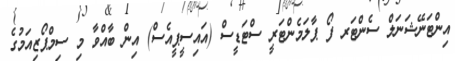
އިންޓަނޭޝަނަލް ސެންޓަރ ފޯ ޕާލަމެންޓަރީ ސްޓަޑީސް (އައިސީޕީއެސް) އިން ބާއްވާ މި ސިމްޕޯޒިއަމުގެ